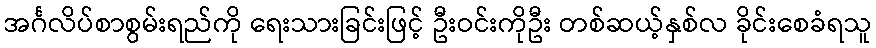
အင်္ဂလိပ်စာစွမ်းရည်ကို ရေးသားခြင်းဖြင့် ဦးဝင်းကိုဦး တစ်ဆယ့်နှစ်လ ခိုင်းစေခံရသူ